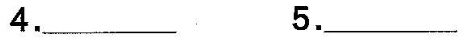
4.___5.___